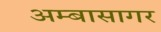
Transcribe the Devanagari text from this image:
अम्बासागर